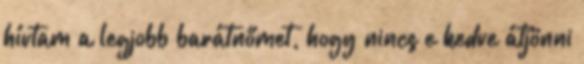
hívtam a legjobb barátnőmet, hogy nincs e kedve átjönni